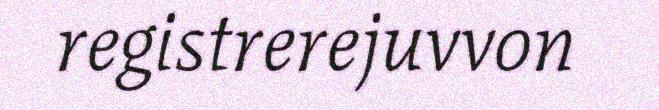
registrerejuvvon